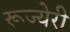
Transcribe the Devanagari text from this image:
रूज्येरी